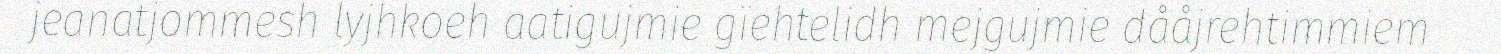
jeanatjommesh lyjhkoeh aatigujmie gïehtelidh mejgujmie dååjrehtimmiem